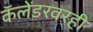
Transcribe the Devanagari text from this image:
कॅलेंडरवरही